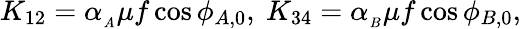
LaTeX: K_{12}=\alpha_{_A}\mu f\cos{\phi_{A,0}},\ K_{34}=\alpha_{_B}\mu f\cos{\phi_{B,0}},